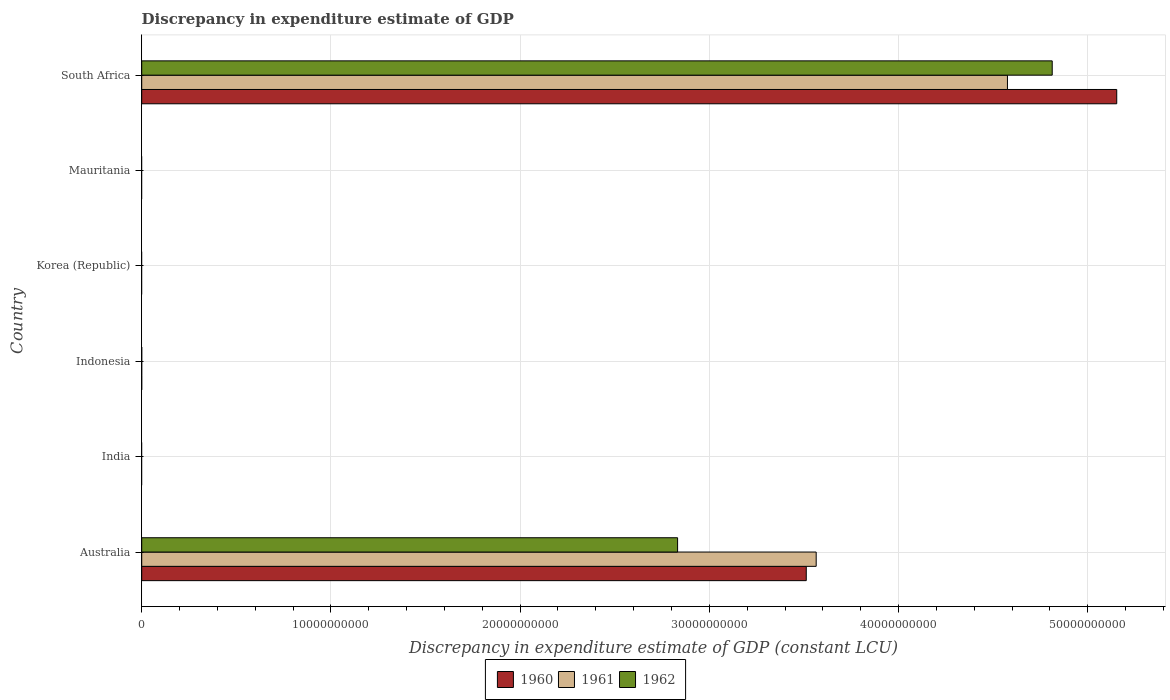
| Country | 1960 | 1961 | 1962 |
 | --- | --- | --- | --- |
 | Australia | 3.51e+10 | 3.56e+10 | 2.83e+10 |
 | India | -4.92e+10 | -5.39e+10 | -7.39e+10 |
 | Indonesia | -2.23e+06 | -2.42e+06 | -1.4e+06 |
 | Korea (Republic) | -1.64e+13 | -1.66e+13 | -1.73e+13 |
 | Mauritania | -6.24e+12 | -1.32e+13 | -1.6e+13 |
 | South Africa | 5.15e+10 | 4.58e+10 | 4.81e+10 |